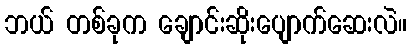
ဘယ် တစ်ခုက ချောင်းဆိုးပျောက်ဆေးလဲ။